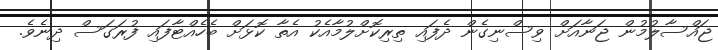
ޖައްސާލުމުން ޖަނާއަށް ވިސްނިގެން ދެފައި ތިރިކޮށްލުމާއެކު އެތާ ކޮޅަށް ބެހެއްޓާފައި ފުރަގަސް ދިނެވެ.